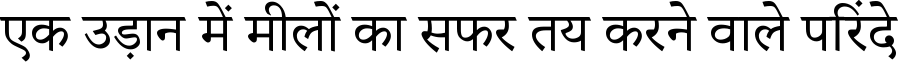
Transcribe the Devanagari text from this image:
एक उड़ान में मीलों का सफर तय करने वाले परिंदे